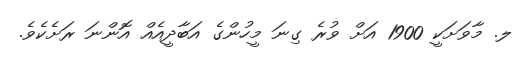
ލ. މާވަށަކީ 1900 އަށް ވުރެ ގިނަ މީހުންގެ އަބާދީއެއް އޮންނަ ރަށެކެވެ.